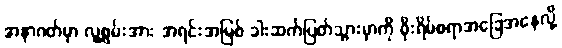
အနာဂတ်မှာ လူ့စွမ်းအား အရင်းအမြစ် ခါးဆက်ပြတ်သွားမှာကို စိုးရိမ်စရာအခြေအနေလို့